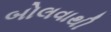
બોલવાથી